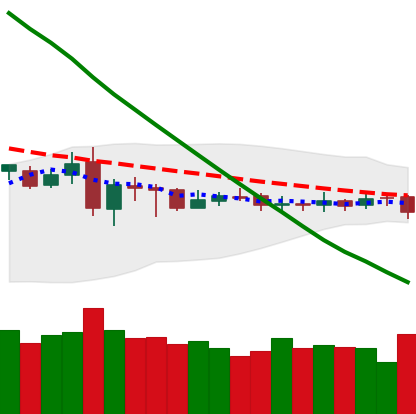
Ticker: DOGE-USD
Chart end date: 2019-03-11
Forward return: 5.646%
Label: up_5_7